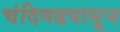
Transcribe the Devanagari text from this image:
चंदिगढपासून